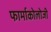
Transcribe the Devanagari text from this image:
फार्माकोलोजी